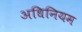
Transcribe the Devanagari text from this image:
अधिनियम